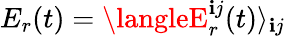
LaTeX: E_{r}(t)=\langleE_{r}^{\mathbf{i}j}(t)\rangle_{\mathbf{i}j}